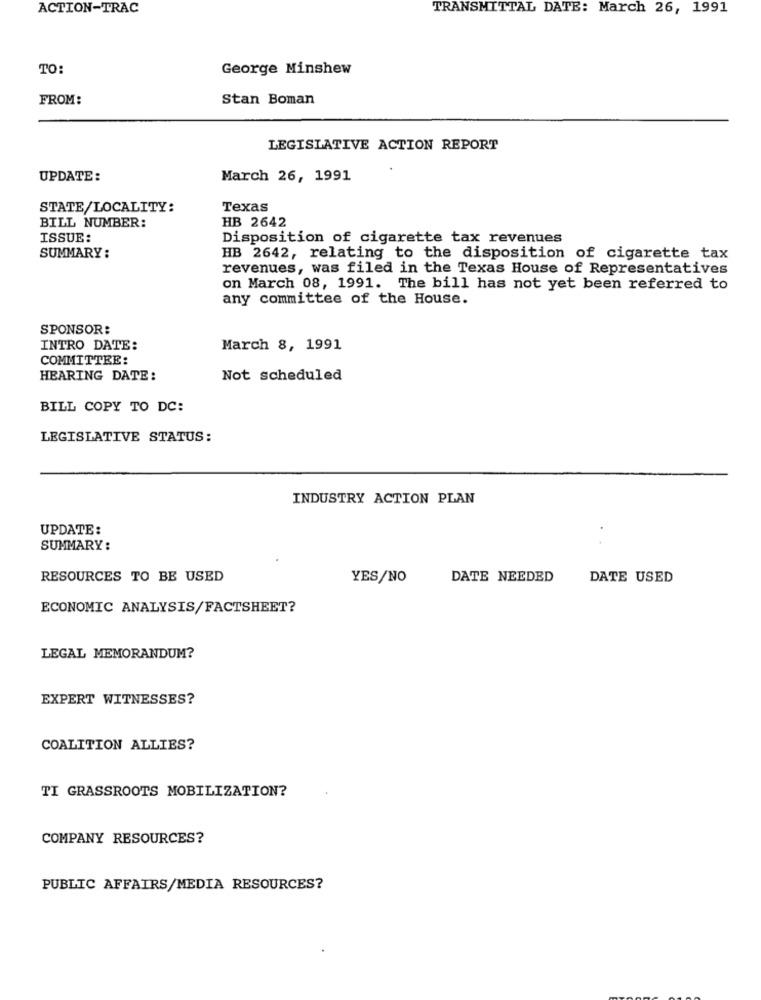
ACTION-TRAC
TRANSMITTAL DATE: March 26, 1991
TO:
George Minshew
FROM:
Stan Boman
LEGISLATIVE ACTION REPORT
UPDATE :
March 26, 1991
STATE/LOCALITY:
Texas
BILL NUMBER:
HB 2642
ISSUE:
Disposition of cigarette tax revenues
SUMMARY :
HB 2642, relating to the disposition of cigarette tax
revenues, was filed in the Texas House of Representatives
on March 08, 1991. The bill has not yet been referred to
any committee of the House.
SPONSOR:
INTRO DATE:
March 8, 1991
COMMITTEE:
HEARING DATE:
Not scheduled
BILL COPY TO DC:
LEGISLATIVE STATUS:
INDUSTRY ACTION PLAN
UPDATE:
SUMMARY:
RESOURCES TO BE USED
YES/NO
DATE NEEDED
DATE USED
ECONOMIC ANALYSIS/FACTSHEET?
LEGAL MEMORANDUM?
EXPERT WITNESSES?
COALITION ALLIES?
TI GRASSROOTS MOBILIZATION?
COMPANY RESOURCES?
PUBLIC AFFAIRS/MEDIA RESOURCES?